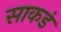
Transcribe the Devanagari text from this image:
साकडं